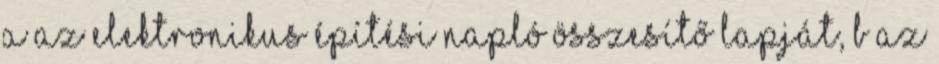
a az elektronikus építési napló összesítő lapját, b az